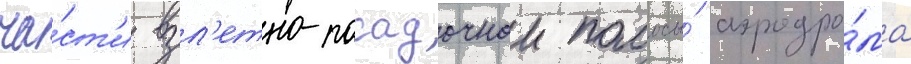
ча́ст'и взл'етно-посадочнои полосы́ аэродро́ма